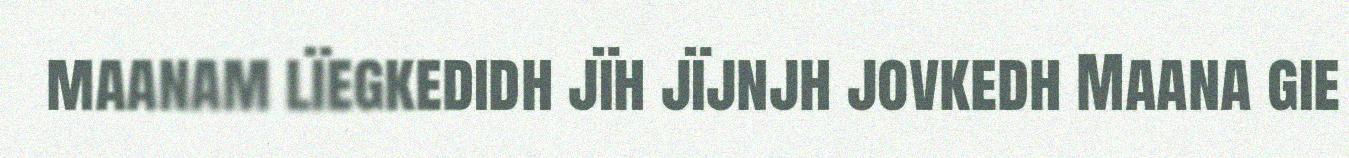
maanam lïegkedidh jïh jïjnjh jovkedh Maana gie